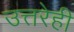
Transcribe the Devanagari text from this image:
उत्तरेही